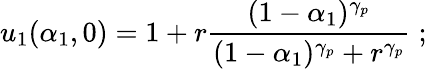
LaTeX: u_{1}(\alpha_{1},0)=1+r\frac{(1-\alpha_{1})^{\gamma_{p}}}{(1-\alpha_{1})^{\gamma_{p}}+r^{\gamma_{p}}}\; ;